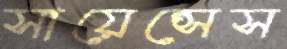
সায়েন্সেস